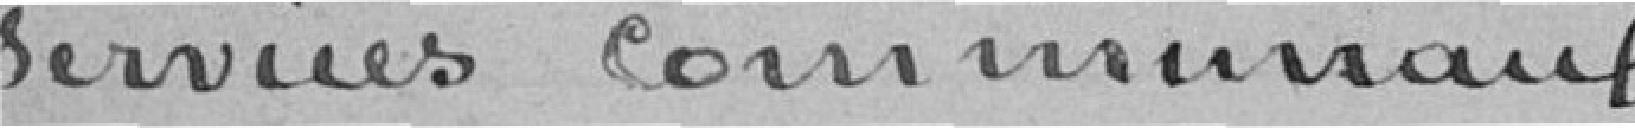
services communaux.